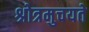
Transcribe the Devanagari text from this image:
श्रोत्रमुचयते